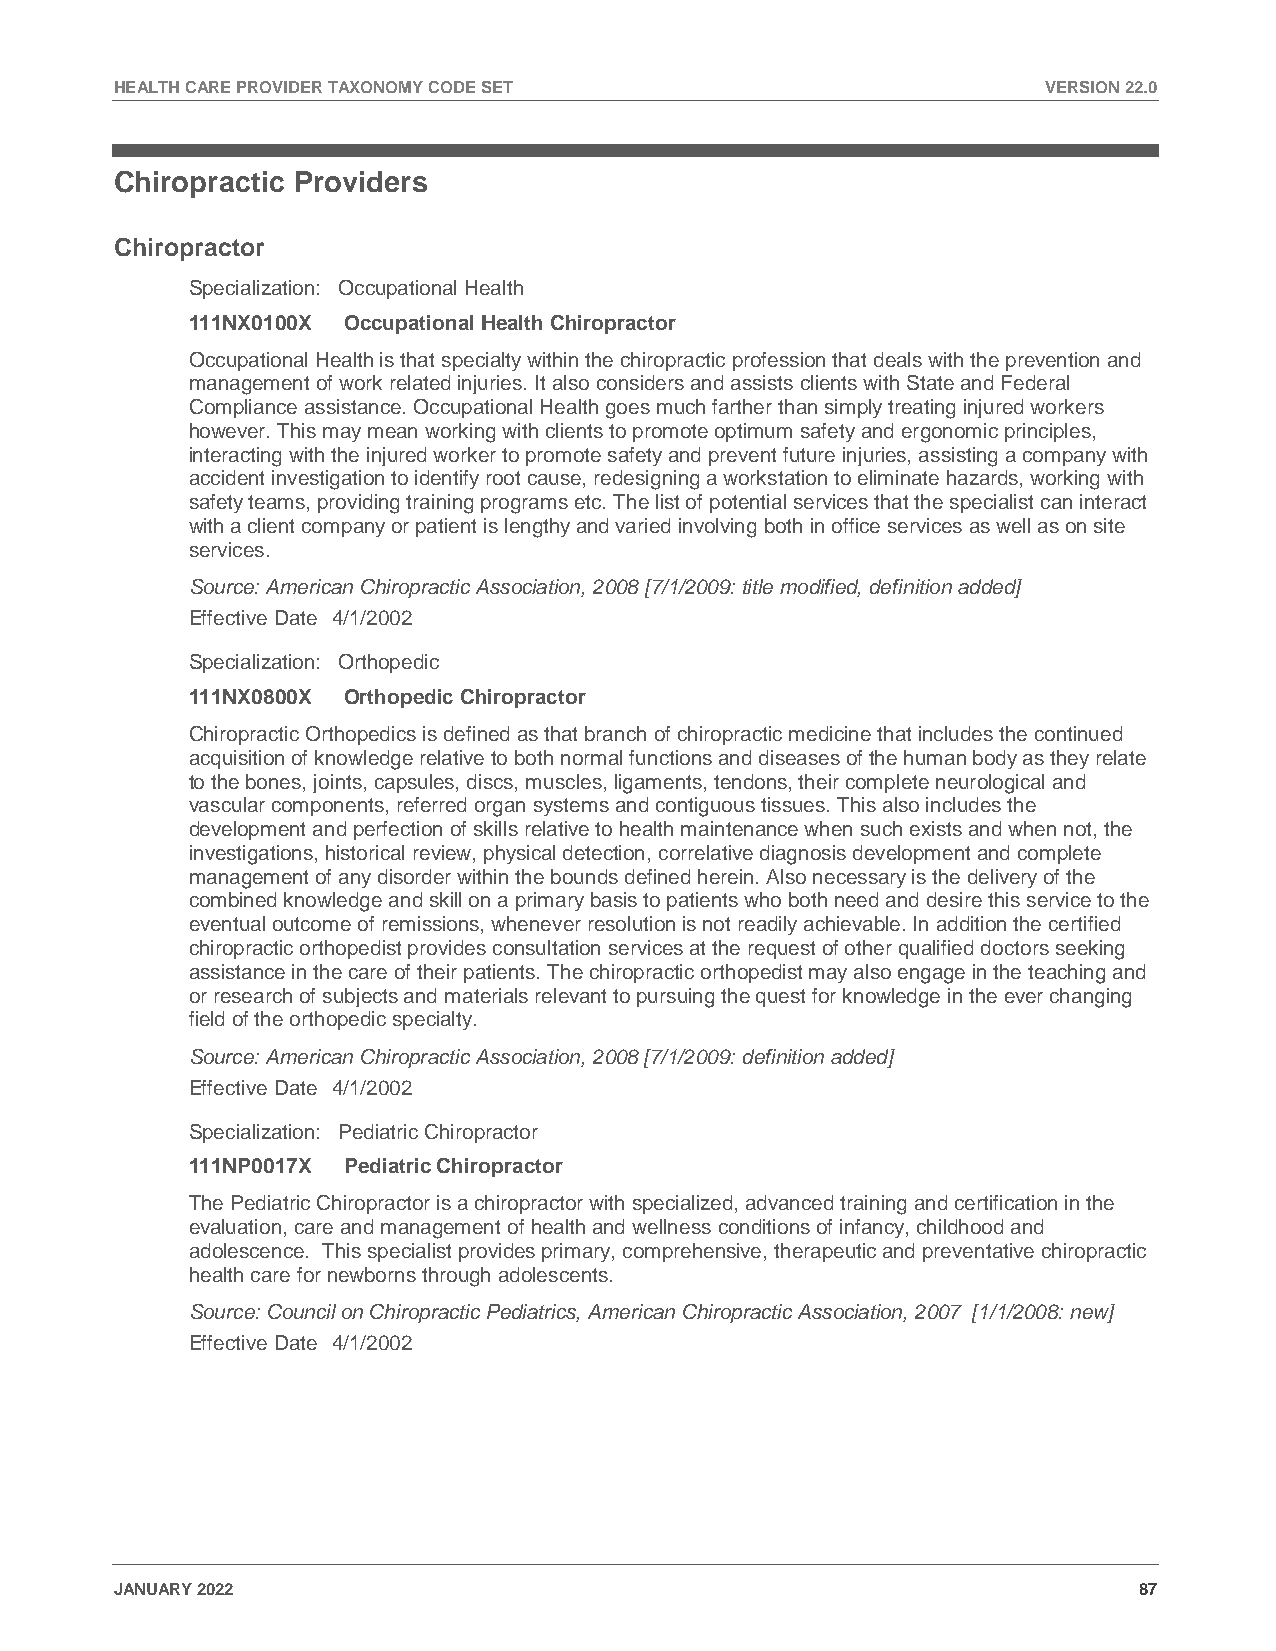
HEALTH CARE PROVIDER TAXONOMY CODE SET                       VERSION 22.0
 Chiropractic Providers
 Chiropractor
 Specialization: Occupational Health
 111NX0100X Occupational Health Chiropractor
 Occupational Health is that specialty within the chiropractic profession that deals with the prevention and
 management of work related injuries. It also considers and assists clients with State and Federal
 Compliance assistance. Occupational Health goes much farther than simply treating injured workers
 however. This may mean working with clients to promote optimum safety and ergonomic principles,
 interacting with the injured worker to promote safety and prevent future injuries, assisting a company with
 accident investigation to identify root cause, redesigning a workstation to eliminate hazards, working with
 safety teams, providing training programs etc. The list of potential services that the specialist can interact
 with a client company or patient is lengthy and varied involving both in office services as well as on site
 services.
 Source: American Chiropractic Association, 2008 [7/1/2009: title modified, definition added]
 Effective Date 4/1/2002
 Specialization: Orthopedic
 111NX0800X Orthopedic Chiropractor
 Chiropractic Orthopedics is defined as that branch of chiropractic medicine that includes the continued
 acquisition of knowledge relative to both normal functions and diseases of the human body as they relate
 to the bones, joints, capsules, discs, muscles, ligaments, tendons, their complete neurological and
 vascular components, referred organ systems and contiguous tissues. This also includes the
 development and perfection of skills relative to health maintenance when such exists and when not, the
 investigations, historical review, physical detection, correlative diagnosis development and complete
 management of any disorder within the bounds defined herein. Also necessary is the delivery of the
 combined knowledge and skill on a primary basis to patients who both need and desire this service to the
 eventual outcome of remissions, whenever resolution is not readily achievable. In addition the certified
 chiropractic orthopedist provides consultation services at the request of other qualified doctors seeking
 assistance in the care of their patients. The chiropractic orthopedist may also engage in the teaching and
 or research of subjects and materials relevant to pursuing the quest for knowledge in the ever changing
 field of the orthopedic specialty.
 Source: American Chiropractic Association, 2008 [7/1/2009: definition added]
 Effective Date 4/1/2002
 Specialization: Pediatric Chiropractor
 111NP0017X Pediatric Chiropractor
 The Pediatric Chiropractor is a chiropractor with specialized, advanced training and certification in the
 evaluation, care and management of health and wellness conditions of infancy, childhood and
 adolescence. This specialist provides primary, comprehensive, therapeutic and preventative chiropractic
 health care for newborns through adolescents.
 Source: Council on Chiropractic Pediatrics, American Chiropractic Association, 2007 [1/1/2008: new]
 Effective Date 4/1/2002
 JANUARY 2022                                                       87